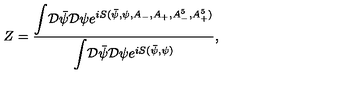
Z = \frac { { \displaystyle \int } { \cal D } { \bar { \psi } } { \cal D } \psi { \displaystyle e } ^ { i S ( { \bar { \psi } } , \psi , A _ { - } , A _ { + } , A _ { - } ^ { 5 } , A _ { + } ^ { 5 } ) } } { { \displaystyle \int } { \cal D } { \bar { \psi } } { \cal D } \psi { \displaystyle e } ^ { i S ( { \bar { \psi } } , \psi ) } } ,